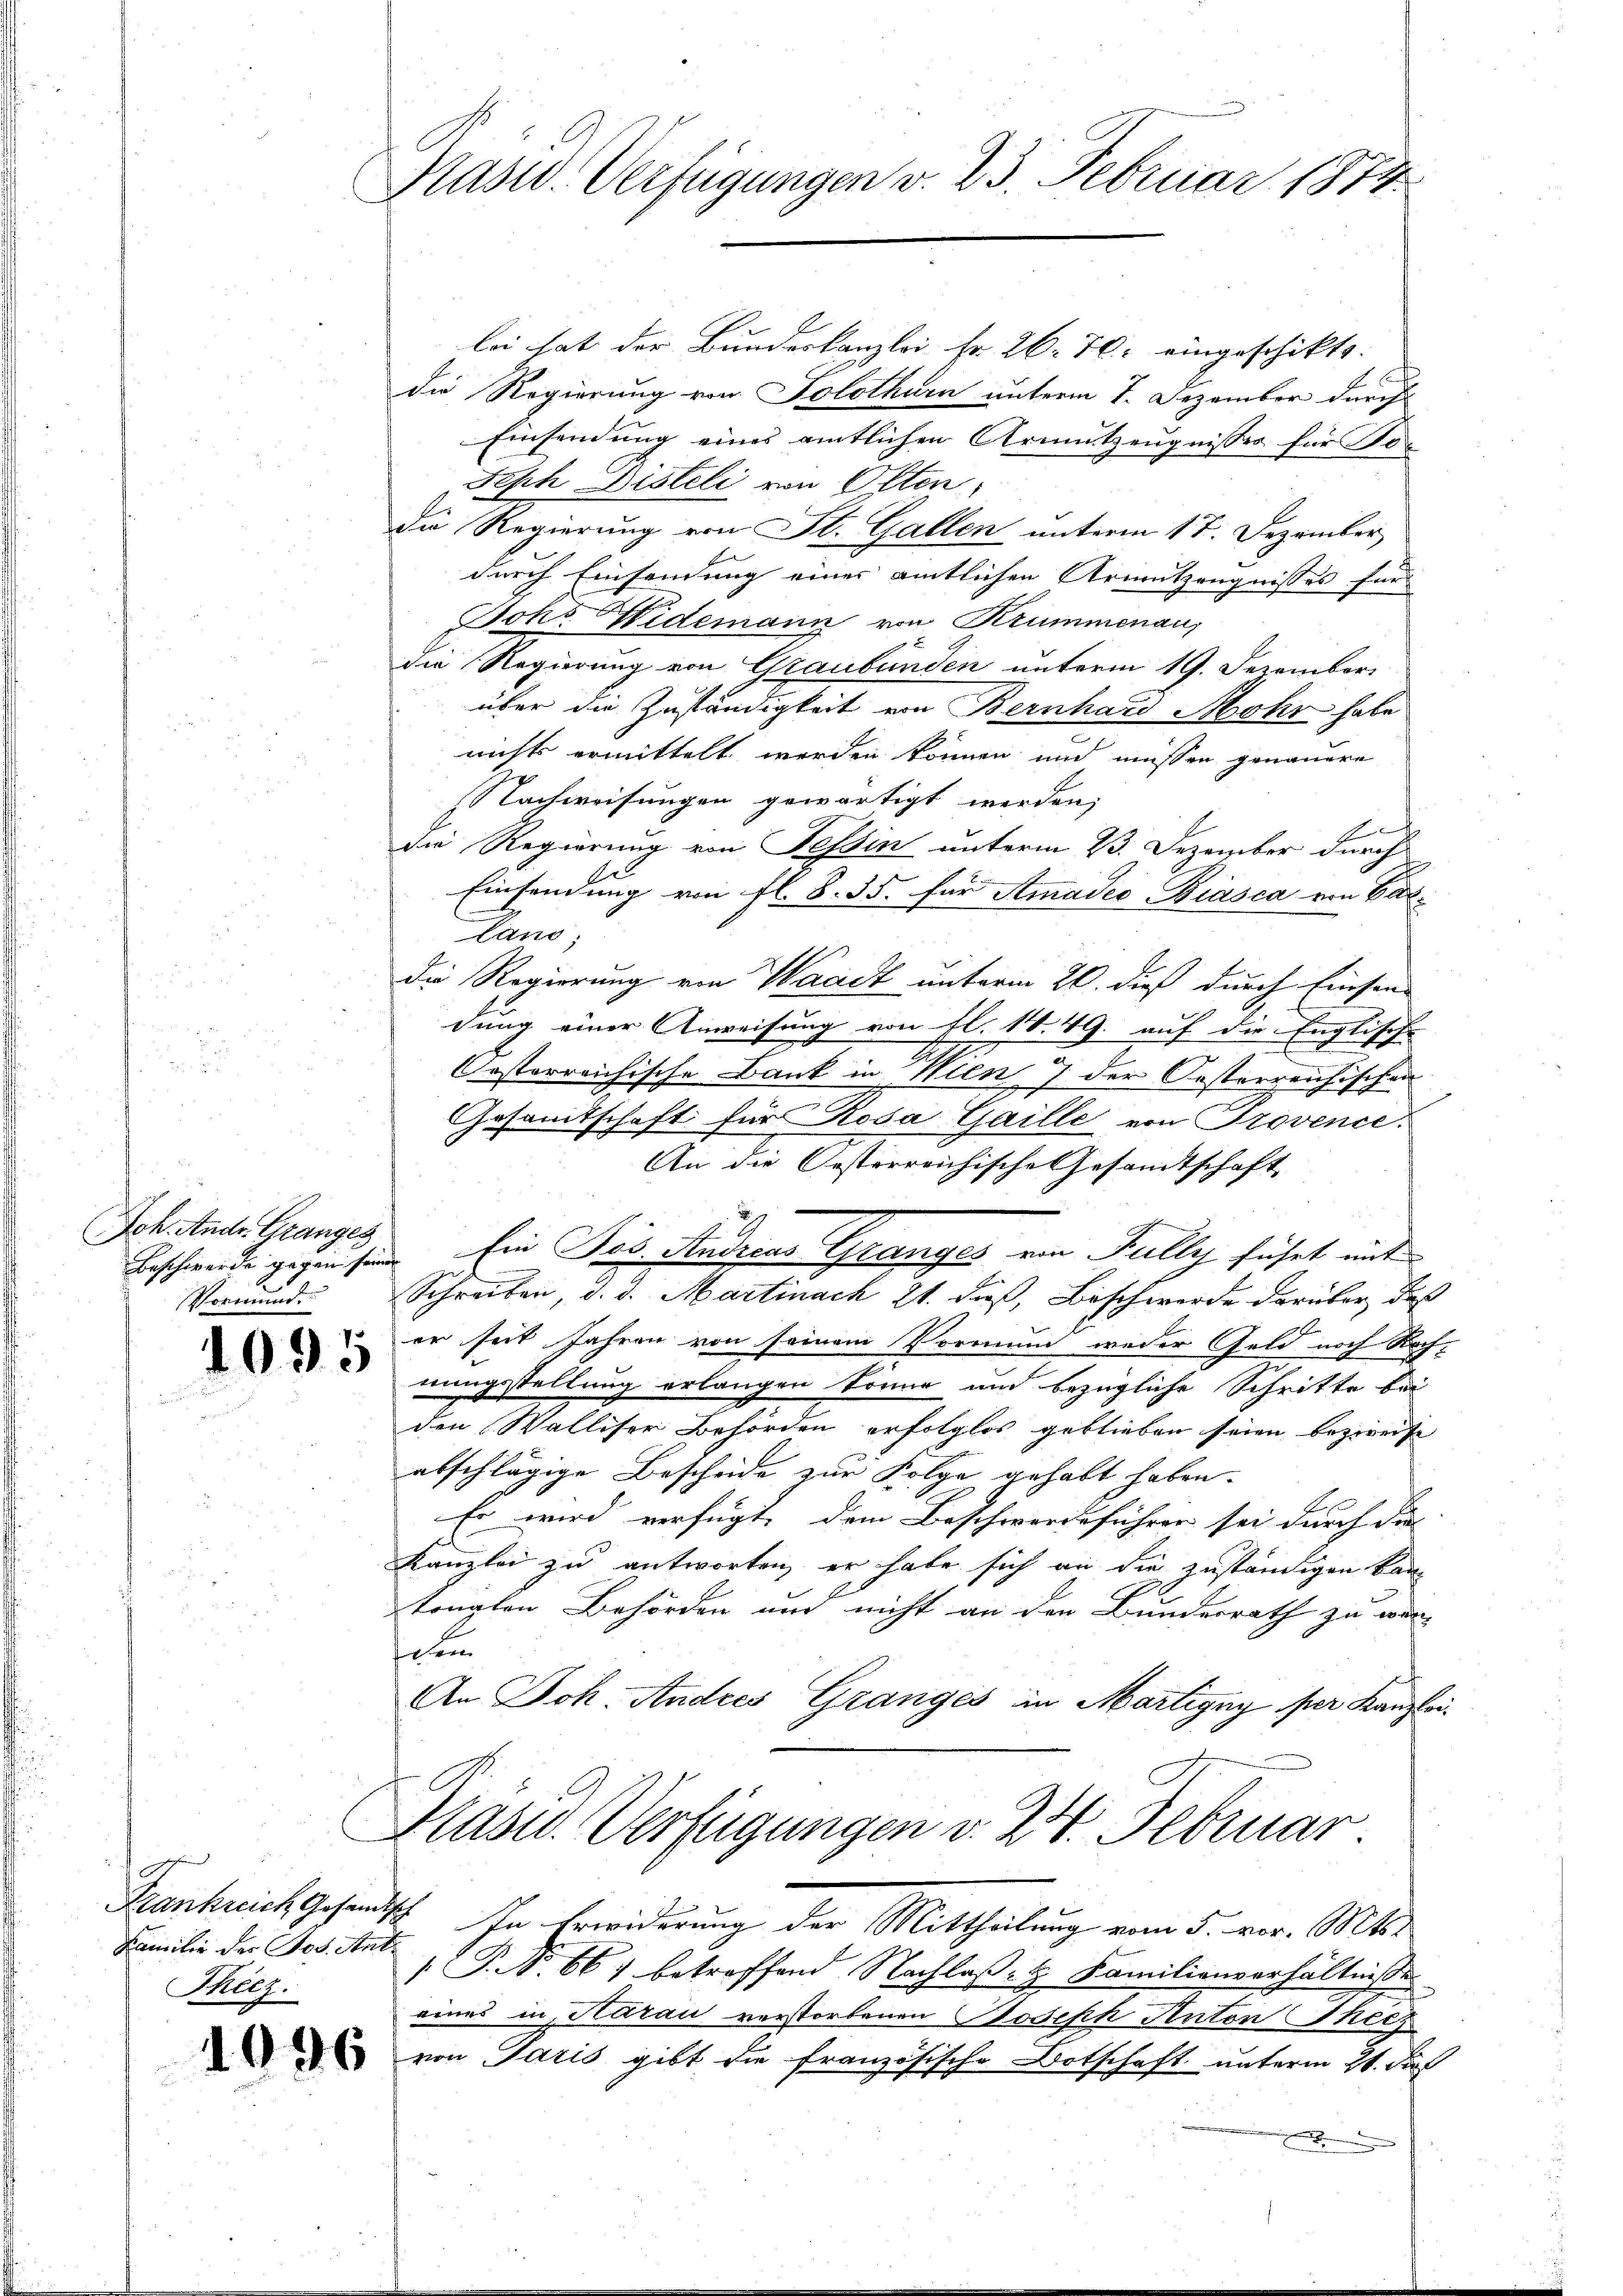
Joh. Ande Granges

1095

Familie der Jos. Ant.
Theez.

1096

Kast. Verfügungen v. 23. Februar 1874

lei hat der Bundeskanzlei Fr. 26. 70. eingeschikts.
die Regierung von Solothurn unterm 7. Dezember durch
Einsendung eines amtlichen Armutzeugnisses für Jo¬
Seph Disteli von Olten
Die Regierung von St. Gallen unterm 17. Dezember
durch Einsendung einer amtlichen Armutzeugnisses für
Joh. Widemann von Krummenauf
die Regierung von Graubünden unterm 19. Dezember
über die Zuständigkeit von Bernhard Mohr habe
nichts ermittelt werden können und müssen genauere
Nachweisungen gewärtigt werden,
F
die Regierung von Tessin unterm 23. Dezember durch
Einsendung von fl. 8. 35. für Amades Biasca von Bal¬
Land
Die Regierung von Waadt unterm 20. dieß durch Einsen-
dung einer Anweisung von fl. 1. 49. auf die Englische
Oesterreichische Bank in Wien 7 der Oesterreichischen
Gesamtschaft für Roda Gaille von Provence.
An die Oesterreichische Gesandtschaft
Beschweide gegen sind. Ein Pis. Andreas Granges ein Fully führt mit
Vormunde Schreiben, d. d. Martinach 21. daß, Beschwerde darüber, daß
er seit Jahren von seinem Vormund weder Geld noch Rach-
nungsstellung erlangen könne und bezügliche Schritte bei
den Walliser Behörden erfolglos geblieben seien bezweife
abschlägige Bescheide zur Folge gehabt haben.
Er wird verfügt, dem Beschwerdeführer sei durch die |
Kanzlei zu antworten, er habe sich an die zuständigen kann
tonglen Behörden und nicht an der Bundesrath zu wer-
fchen
An Joh. Andres Grangés in Martigny per Kanzlei-
Präsid. Verfügungen v. 24. Februar
Frankreich Gesandtsch In Erwiderung der Mittheilung vom 5. vor. Mts.
 P. Nr. 667 betreffend Nachloß- & Familienverhältnisse
eines in Nazau verstorbenen Joseph Anton Theez
von Paris gibt die französische Botschaft unterm 21. dur
.